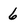
Character: 6